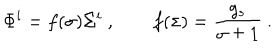
\Phi ^ { i } = f ( \sigma ) \Sigma ^ { i } \ , \qquad f ( \sigma ) = { \frac { g _ { s } } { \sigma \pm 1 } } \ .